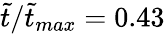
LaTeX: \tilde{t}/\tilde{t}_{max}=0.43